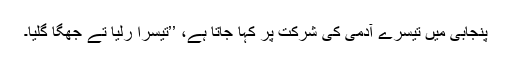
پنجابی میں تیسرے آدمی کی شرکت پر کہا جاتا ہے، ’’تیسرا رلیا تے جھگا گلیا۔